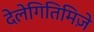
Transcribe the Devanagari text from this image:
देलेगितिमिज़े